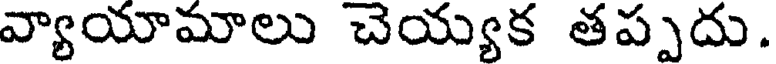
వ్యాయామాలు చెయ్యక తప్పదు.